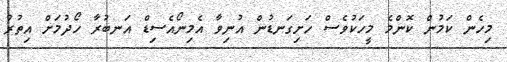
މިހެން ކަމުން ކޮންމެ މީހަކުވެސް ހަށިގަނޑުން އުނިވާ އެމިނޯއެސިޑް އަނބުރާ ހޯދުމަށް އިތުރު